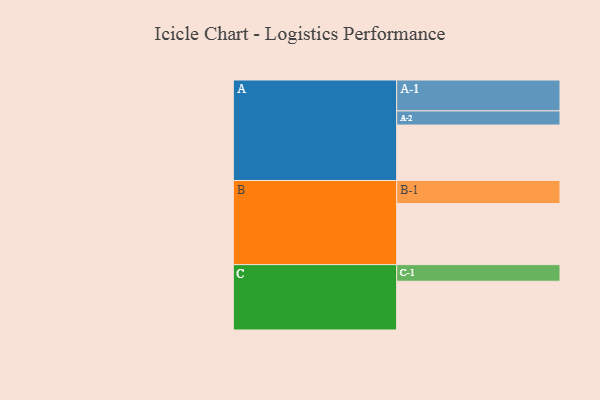
{"axis": {"x": "Segment", "y": "Value"}, "legend": ["", "A", "B", "C"], "data": [{"x": "A", "y": 447, "type": ""}, {"x": "B", "y": 492, "type": ""}, {"x": "C", "y": 393, "type": ""}, {"x": "A-1", "y": 249, "type": "A"}, {"x": "A-2", "y": 114, "type": "A"}, {"x": "B-1", "y": 186, "type": "B"}, {"x": "C-1", "y": 134, "type": "C"}]}